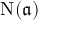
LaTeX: \mathrm { { N } } ( { \mathfrak { a } } )